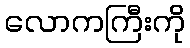
လောကကြီးကို